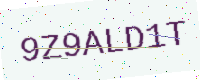
Text: 9Z9ALD1T